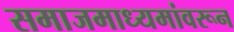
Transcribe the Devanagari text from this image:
समाजमाध्यमांवरून